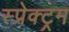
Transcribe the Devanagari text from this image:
स्प्रेक्ट्रम